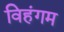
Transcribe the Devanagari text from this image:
विहंगम